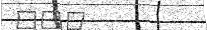
١٠٢